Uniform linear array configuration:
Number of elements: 4
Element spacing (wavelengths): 0.75
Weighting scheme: cosine
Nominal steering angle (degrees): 45
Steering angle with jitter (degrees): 44.455
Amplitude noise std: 0.05
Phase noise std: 0.05

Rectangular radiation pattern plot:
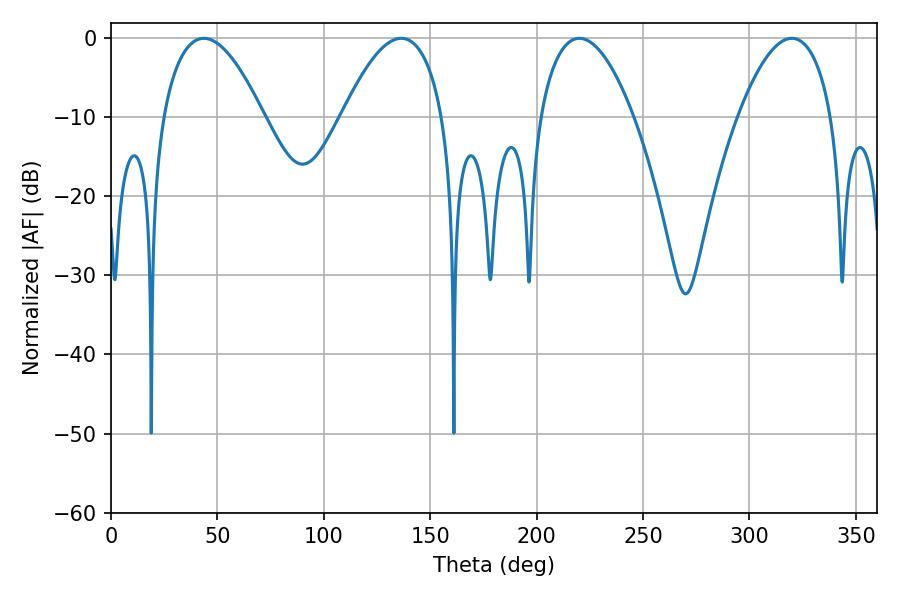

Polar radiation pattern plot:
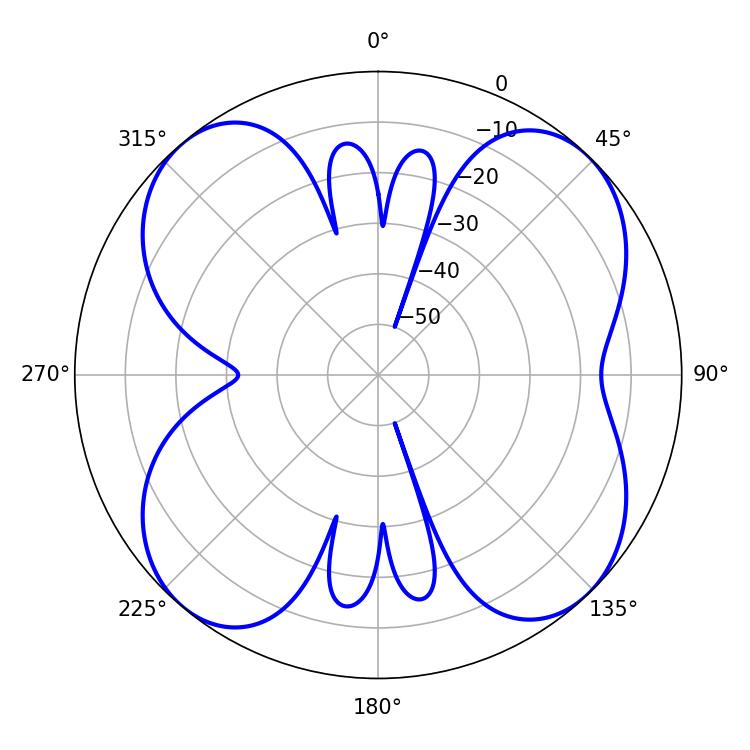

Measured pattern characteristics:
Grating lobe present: TRUE
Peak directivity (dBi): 12.854
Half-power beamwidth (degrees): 26.1
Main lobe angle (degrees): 43.56